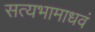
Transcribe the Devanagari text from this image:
सत्यभामाधवं